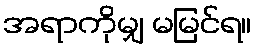
အရာကိုမျှ မမြင်ရ။